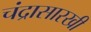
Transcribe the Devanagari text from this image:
चंद्रासारखी